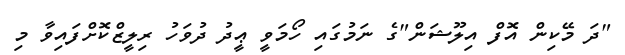
"ދަ މޭކިން އޮފް އިލޫޝަން"ގެ ނަމުގައި ހޯމަވީ ޢީދު ދުވަހު ރިލީޒްކޮށްފައިވާ މި